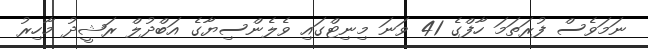
ނަމަވެސް ފުރަތަމަ ހާފްގެ 41 ވަނަ މިނިޓްގައި ވެލެންސިޔާގެ އަބްދުލް ރަޝީދު މާހިރު